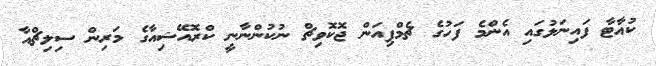
ކުއާޓާ ފައިނަލުގައި އެންމެ ފަހުގެ ޗެމްޕިއަން ޖޮކޮވިޗް ނުކުންނާނީ ކްރޮއޭޝިއާގެ މަރިން ސިލިޗްއާ